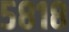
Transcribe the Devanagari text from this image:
५८१८